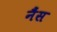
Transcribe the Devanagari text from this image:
नैंस